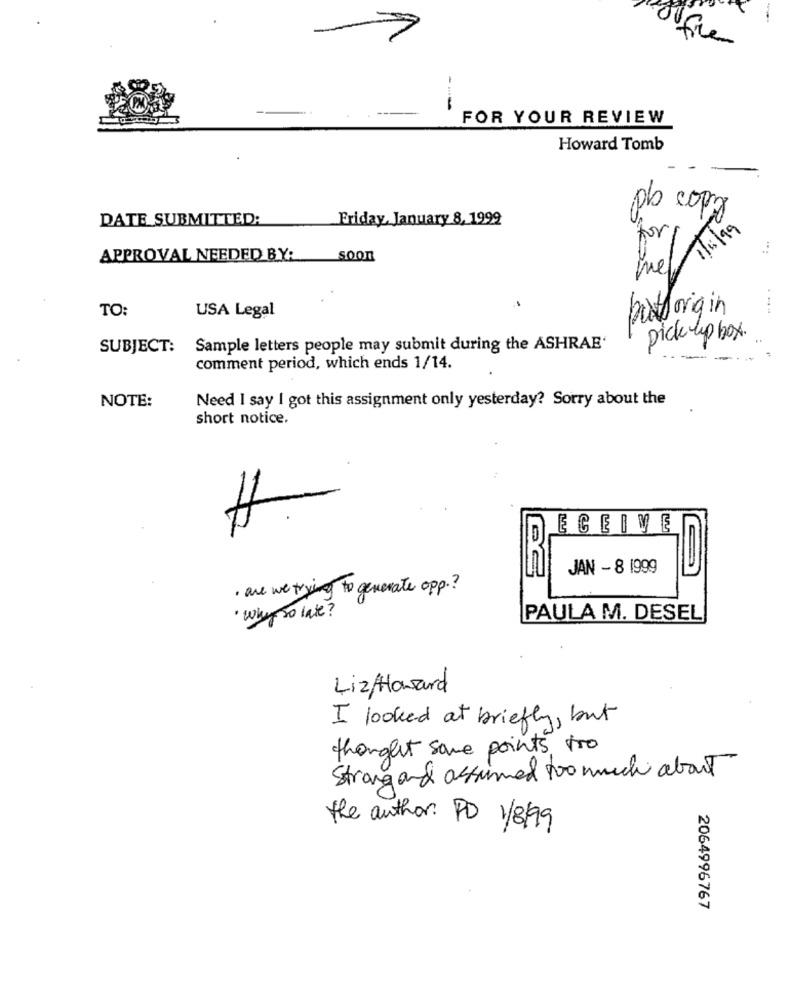
fr
---
FOR YOUR REVIEW
Howard Tomb
po copo
900
DATE SUBMITTED:
Friday, January 8, 1999
for
Lue/ 1Til9
APPROVAL NEEDED BY:
soon
TO:
pott origin
USA Legal
pick-up box.
SUBJECT: Sample letters people may submit during the ASHRAE'
comment period, which ends 1/14.
Need I say I got this assignment only yesterday? Sorry about the
NOTE:
short notice.
H
ECEIVE
JAN - 8 1999
. are we trying to generate opp. ?
. why so late ?
PAULA M. DESEL
LizHoward
I looked at briefly, but
thought some points tro
Strong and assumed too much about
the author: PD 1/8/99
2064996767